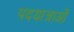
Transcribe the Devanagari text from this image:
पदयात्राओं